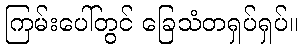
ကြမ်းပေါ်တွင် ခြေသံတရှပ်ရှပ်။